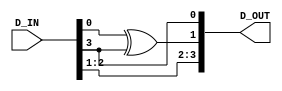
`timescale 1ns / 1ps
//////////////////////////////////////////////////////////////////////////////////
// Company: 
// Engineer: 
// 
// Design Name: 
// Module Name:    MUL2 
// Project Name: 
// Target Devices: 
// Tool versions: 
// Description: 
//
// Dependencies: 
//
// Revision: 
// Revision 0.01 - File Created
// Additional Comments: 
//
//////////////////////////////////////////////////////////////////////////////////
module MUL2(
    input [3:0] D_IN,
    output [3:0] D_OUT
    );

	assign D_OUT = {D_IN[2:1], D_IN[0] ^  D_IN[3], D_IN[3]};
endmodule